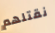
نقتلهم